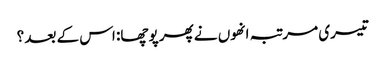
تیسری مرتبہ انھوں نے پھر پوچھا: اس کے بعد ؟